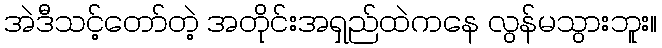
အဲဒီသင့်တော်တဲ့ အတိုင်းအရှည်ထဲကနေ လွန်မသွားဘူး။